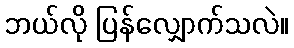
ဘယ်လို ပြန်လျှောက်သလဲ။